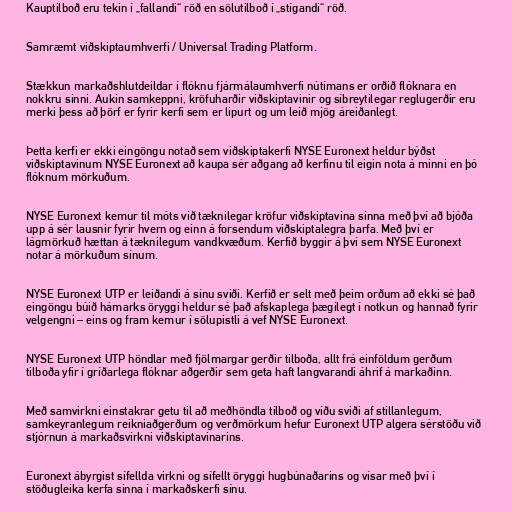
Kauptilboð eru tekin í „fallandi“ röð en sölutilboð í „stígandi“ röð.

Samræmt viðskiptaumhverfi / Universal Trading Platform.

Stækkun markaðshlutdeildar í flóknu fjármálaumhverfi nútímans er orðið flóknara en
nokkru sinni. Aukin samkeppni, kröfuharðir viðskiptavinir og síbreytilegar reglugerðir eru
merki þess að þörf er fyrir kerfi sem er lipurt og um leið mjög áreiðanlegt.

Þetta kerfi er ekki eingöngu notað sem viðskiptakerfi NYSE Euronext heldur býðst
viðskiptavinum NYSE Euronext að kaupa sér aðgang að kerfinu til eigin nota á minni en þó
flóknum mörkuðum.

NYSE Euronext kemur til móts við tæknilegar kröfur viðskiptavina sinna með því að bjóða
upp á sér lausnir fyrir hvern og einn á forsendum viðskiptalegra þarfa. Með því er
lágmörkuð hættan á tæknilegum vandkvæðum. Kerfið byggir á því sem NYSE Euronext
notar á mörkuðum sínum.

NYSE Euronext UTP er leiðandi á sínu sviði. Kerfið er selt með þeim orðum að ekki sé það
eingöngu búið hámarks öryggi heldur sé það afskaplega þægilegt í notkun og hannað fyrir
velgengni – eins og fram kemur í sölupistli á vef NYSE Euronext.

NYSE Euronext UTP höndlar með fjölmargar gerðir tilboða, allt frá einföldum gerðum
tilboða yfir í gríðarlega flóknar aðgerðir sem geta haft langvarandi áhrif á markaðinn.

Með samvirkni einstakrar getu til að meðhöndla tilboð og víðu sviði af stillanlegum,
samkeyranlegum reikniaðgerðum og verðmörkum hefur Euronext UTP algera sérstöðu við
stjórnun á markaðsvirkni viðskiptavinarins.

Euronext ábyrgist sífellda virkni og sífellt öryggi hugbúnaðarins og vísar með því í
stöðugleika kerfa sinna í markaðskerfi sínu.